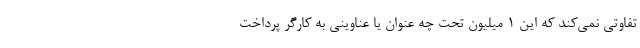
تفاوتی نمی‌کند که این ۱ میلیون تحت چه عنوان یا عناوینی به کارگر پرداخت